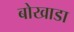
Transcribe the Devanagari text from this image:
बोखाडा